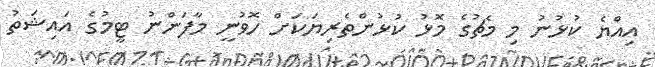
އިއްޔެ ކުޅުނު މި މެޗުގެ މޮޅު ކުޅުންތެރިޔަކަށް ހޮވުނީ މާފަންނު ޓީމުގެ އައިޝަތު